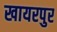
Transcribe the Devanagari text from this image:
खायरपुर